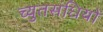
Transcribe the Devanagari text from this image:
च्युतसंधियों